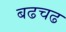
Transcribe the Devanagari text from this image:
बढचढ